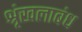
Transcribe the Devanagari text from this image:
श्रृंखलाबंध